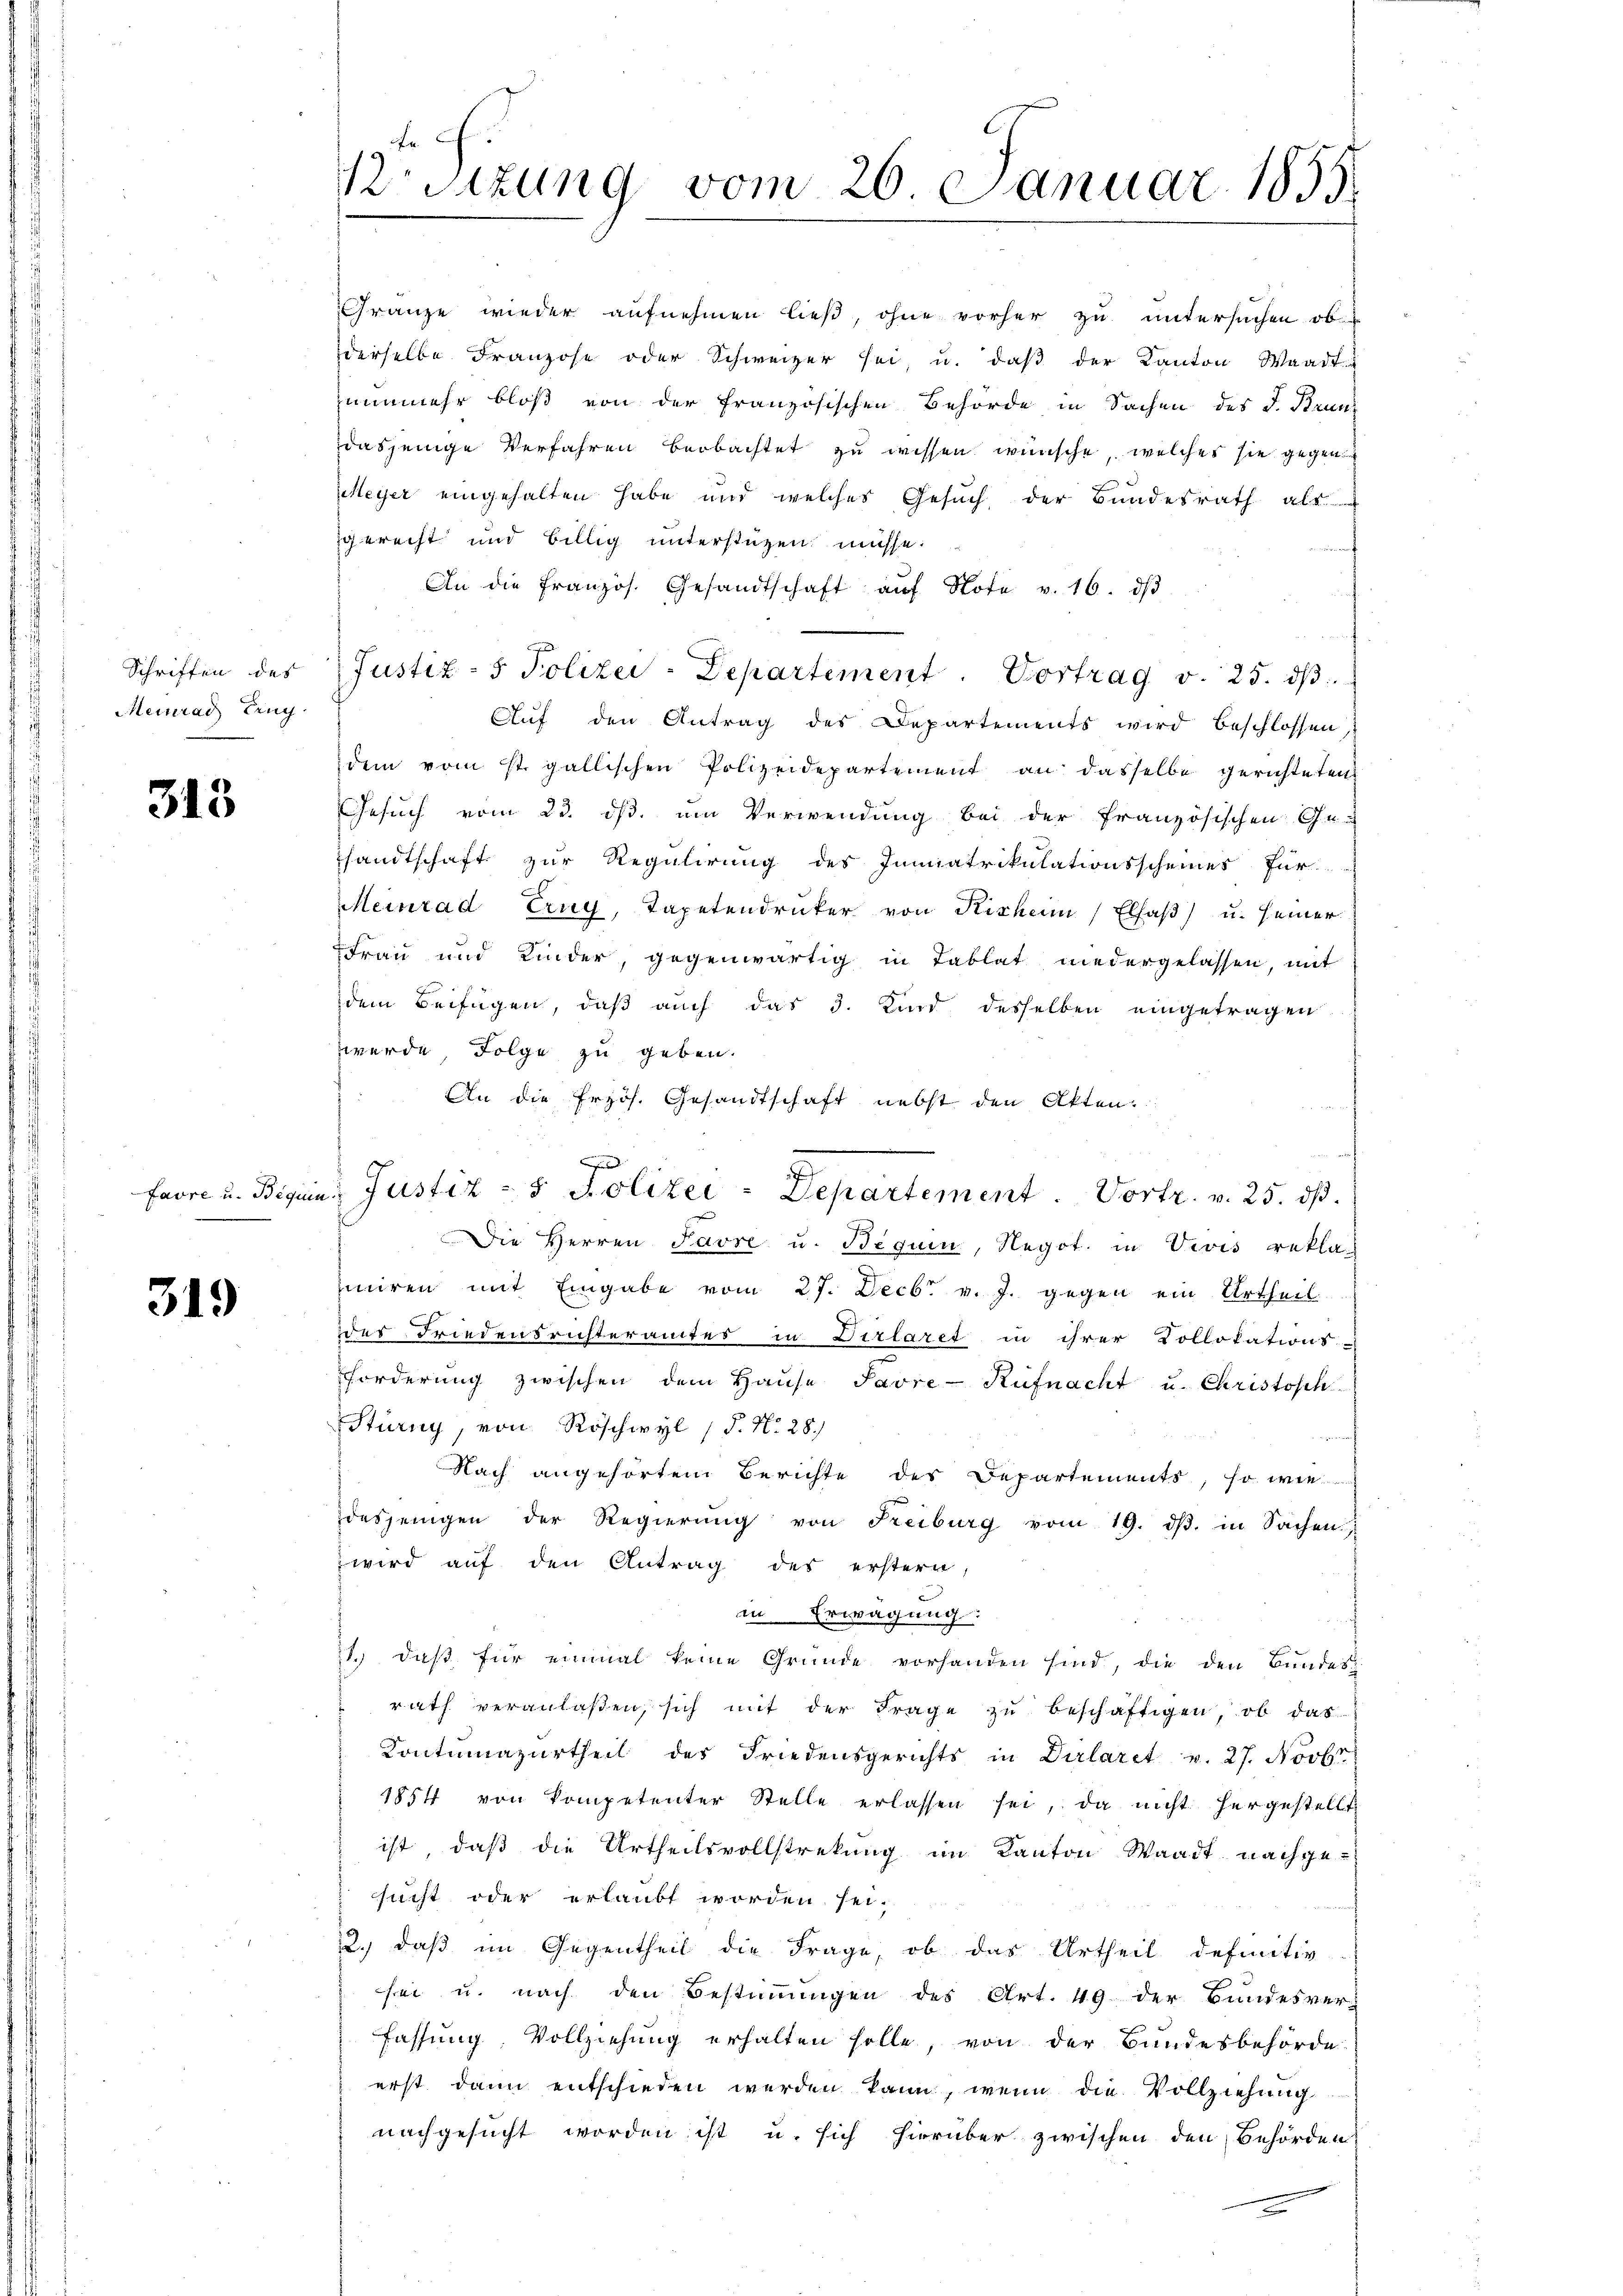
Schriften des
Meinrad Eing

313

319

Gränze wieder aufnehmen ließ, ohne vorher zu untersuchen ob
derselbe Franzose oder Schweizer sei, u. daß der Kanton Waadt
nunmehr bloß von der französischen Behörde in Sachen des J. Brundasjenige Verfahren beobachtet zu wissen wünsche, welches sie gegen
Meyer eingehalten habe und welches Gesuch der Bundesrath als
gerecht und billig unterstüzen müsse.
An die französ. Gesandtschaft aŭf Note v. 16. dβ
Justiz- & Polizei-Departement. Vortrag v. 25. dβ
Auf den Antrag des Departements wird beschlossen,
dem vom st. gallischen Polizeidepartement an dasselbe gerichteten
Gesuch vom 23. ds. um Verwendung bei der französischen Ge-
sandtschaft zur Regulirung des Immatrikulationsscheines für
Meinrad trug, Tapetendrucker von Risheim Elsaβ) u. seiner
Frau und Kinder, gegenwärtig in Tablat niedergelassen, mit
dem Beifügen, daß auch das 3. Kind desselben eingetragen
werde Folge zu geben.
An die frzös. Gesandtschaft nebst den Akten.
Die Herren Favre u. Beguin, Negot. in Vivis reklaiiren mit Eingabe vom 27. Decbr. v. J. gegen ein Urtheil
des Friedensrichteramtes in Dirlaret in ihrer Kollokations-
forderung zwischen dem Haŭse Pavre-Küfnacht u. Christoph
Stürny, von Röschwyl (T. N. 28.)
inhunden
Nach angehörtem Berichte des Departements, so wie
desjenigen der Regierŭng von Freiburg vom 19. dβ. in Sachen.
wird auf den Antrag des erstern,
in Erwägung:
21. daß für einmal keine Gründe vorhanden sind, die den Bundes
rath veranlaßen, sich mit der Frage zu beschäftigen, ob das
Contumazŭrtheil des Friedensgerichts in Dirlaret v. 27. Novbr.
1854 von Kompetenter Stelle erlassen sei, da nicht hergestellt
ist, daß die Urtheilsvollstrekung im Kanton Waadt nachgesucht oder erlaubt worden sei,
2.) daß im Gegentheil die Frage, ob das Urtheil definitiv
sei u. nach den Bestimmungen des Art. 49 der Bundesver-
fassung Vollziehung erhalten solle, von der Bundesbehörde
erst dann entschieden werden kann, wenn die Vollziehung
nachgesucht worden ist u. sich hierüber zwischen den Behörden
n

r Sitzung vom 26. Januar 1855.

e
Favre u. Biguin Justiz - 5. Polizei - Departement. Vortr. v. 25. ds.